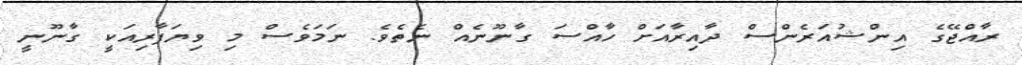
ރާއްޖޭގެ އިންޝުއަރެންސް ދާއިރާއަށް ހާއްސަ ގާނޫނެއް ނެތެވެ. ނަމަވެސް މި ވިޔަފާރިއަކީ ގާނޫނީ